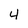
Character: 4